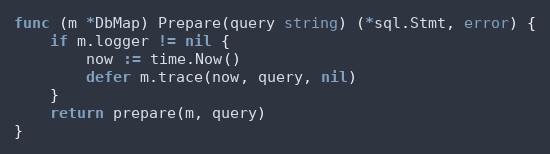
Language: Go
func (m *DbMap) Prepare(query string) (*sql.Stmt, error) {
	if m.logger != nil {
		now := time.Now()
		defer m.trace(now, query, nil)
	}
	return prepare(m, query)
}